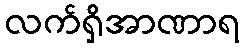
လက်ရှိအာဏာရ